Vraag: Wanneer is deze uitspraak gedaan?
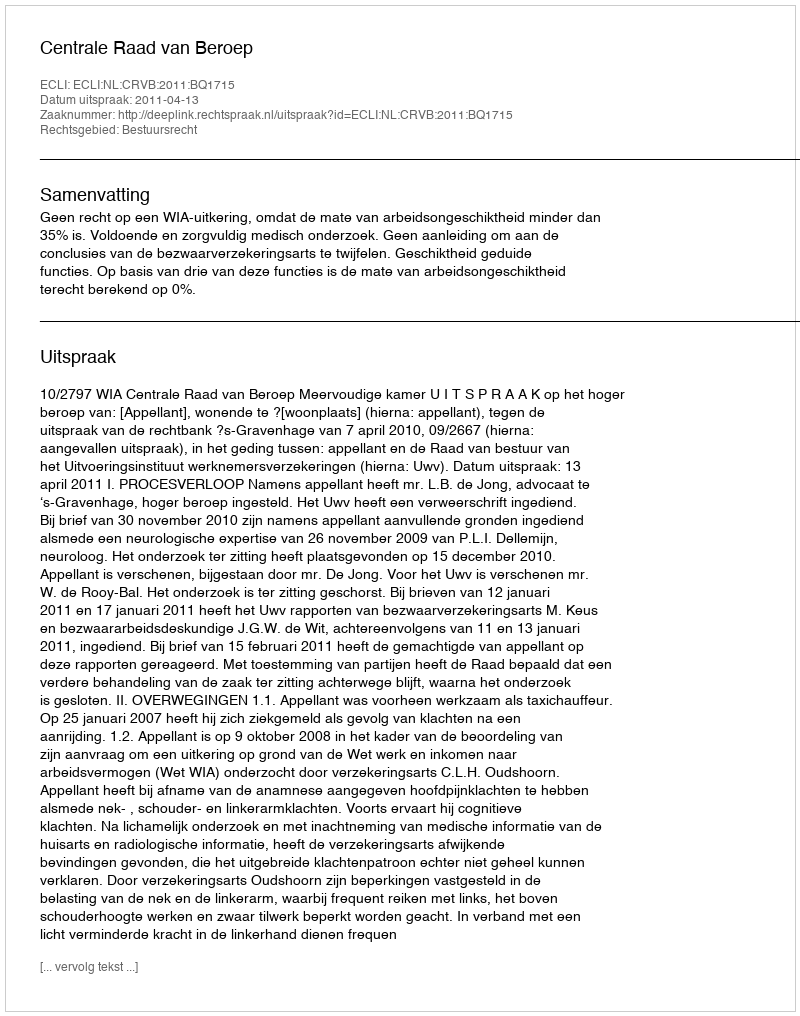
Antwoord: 2011-04-13